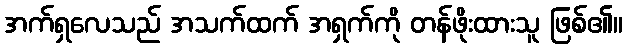
အက်ရှလေသည် အသက်ထက် အရှက်ကို တန်ဖိုးထားသူ ဖြစ်၏။